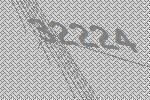
32224